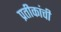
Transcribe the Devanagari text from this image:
प्रतीकांची